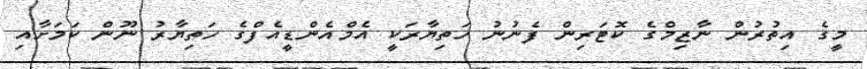
މީގެ އިތުރުން ނާޒިމްގެ ކޮޓަރިން ފެނުނު ހަތިޔާރަކީ އެމްއެންޑީއެފްގެ ހަތިޔާރު ނޫން ކަމަށާއި